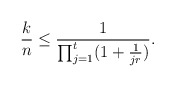
\begin{align*}\frac{k}{n}\leq \frac{1}{\prod_{j=1}^t(1+\frac{1}{jr})}.\end{align*}